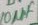
Text: 10µF